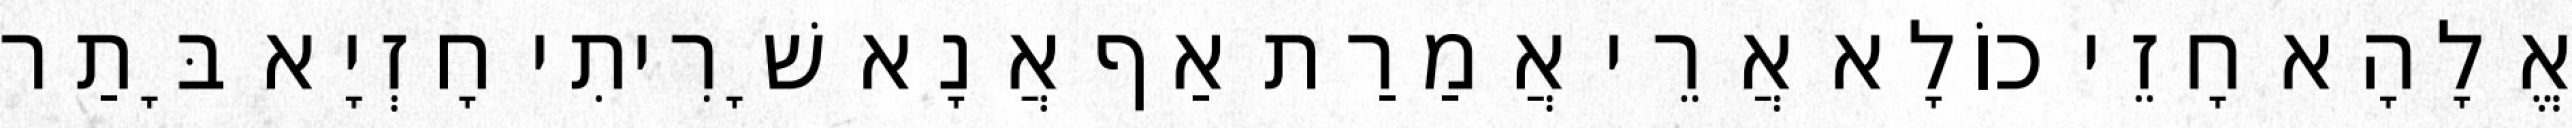
אֱלָהָא חָזֵי כוֹלָא אֲרֵי אֲמַרַת אַף אֲנָא שָׁרִיתִי חָזְיָא בָּתַר